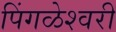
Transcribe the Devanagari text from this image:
पिंगळेश्वरी